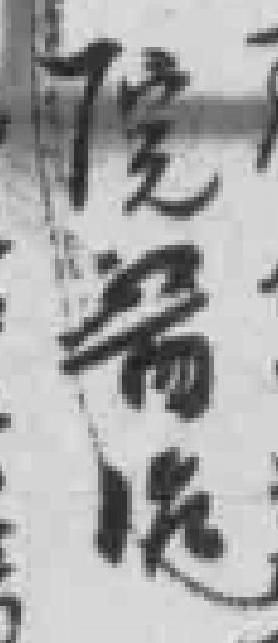
院醫治